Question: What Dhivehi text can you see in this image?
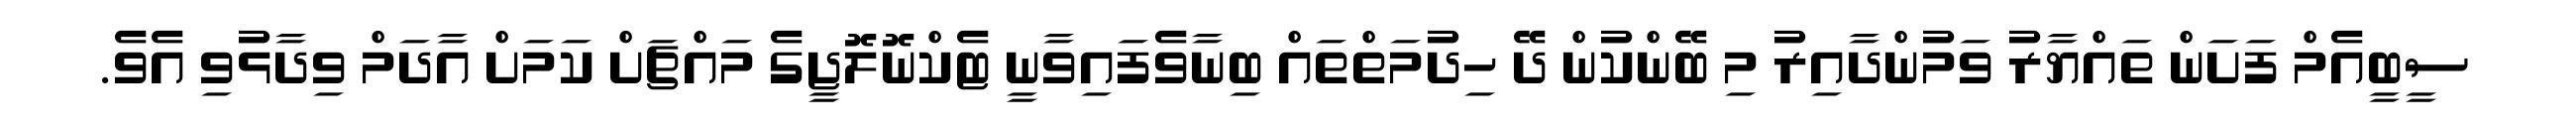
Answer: ސީބީއެމް ފަށަން ތައްޔާރު ވަމުންދާއިރު މި ބޭންކުން ދޭ ހިދުމަތްތައް ބިނާވެފައިވާނީ ޓެކްނޮލޮޖީގެ މައްޗަށް ކަމަށް އާދަމް ވިދާޅުވި އެވެ.